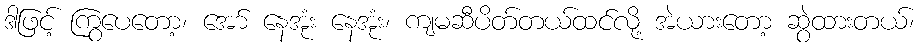
ဒါဖြင့် ကြွပေတော့၊ အော် နေအုံး နေအုံး၊ ကျမဆီပိတ်တယ်ထင်လို့ အဲယားတော့ ဆွဲထားတယ်၊